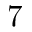
7